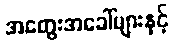
အတွေးအခေါ်များနှင့်